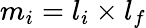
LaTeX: m_{i}=l_{i}\times l_{f}